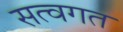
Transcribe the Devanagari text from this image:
सत्वगत